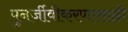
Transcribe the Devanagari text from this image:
पुनर्जीवीकरणासाठी